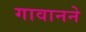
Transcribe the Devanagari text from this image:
गावानने